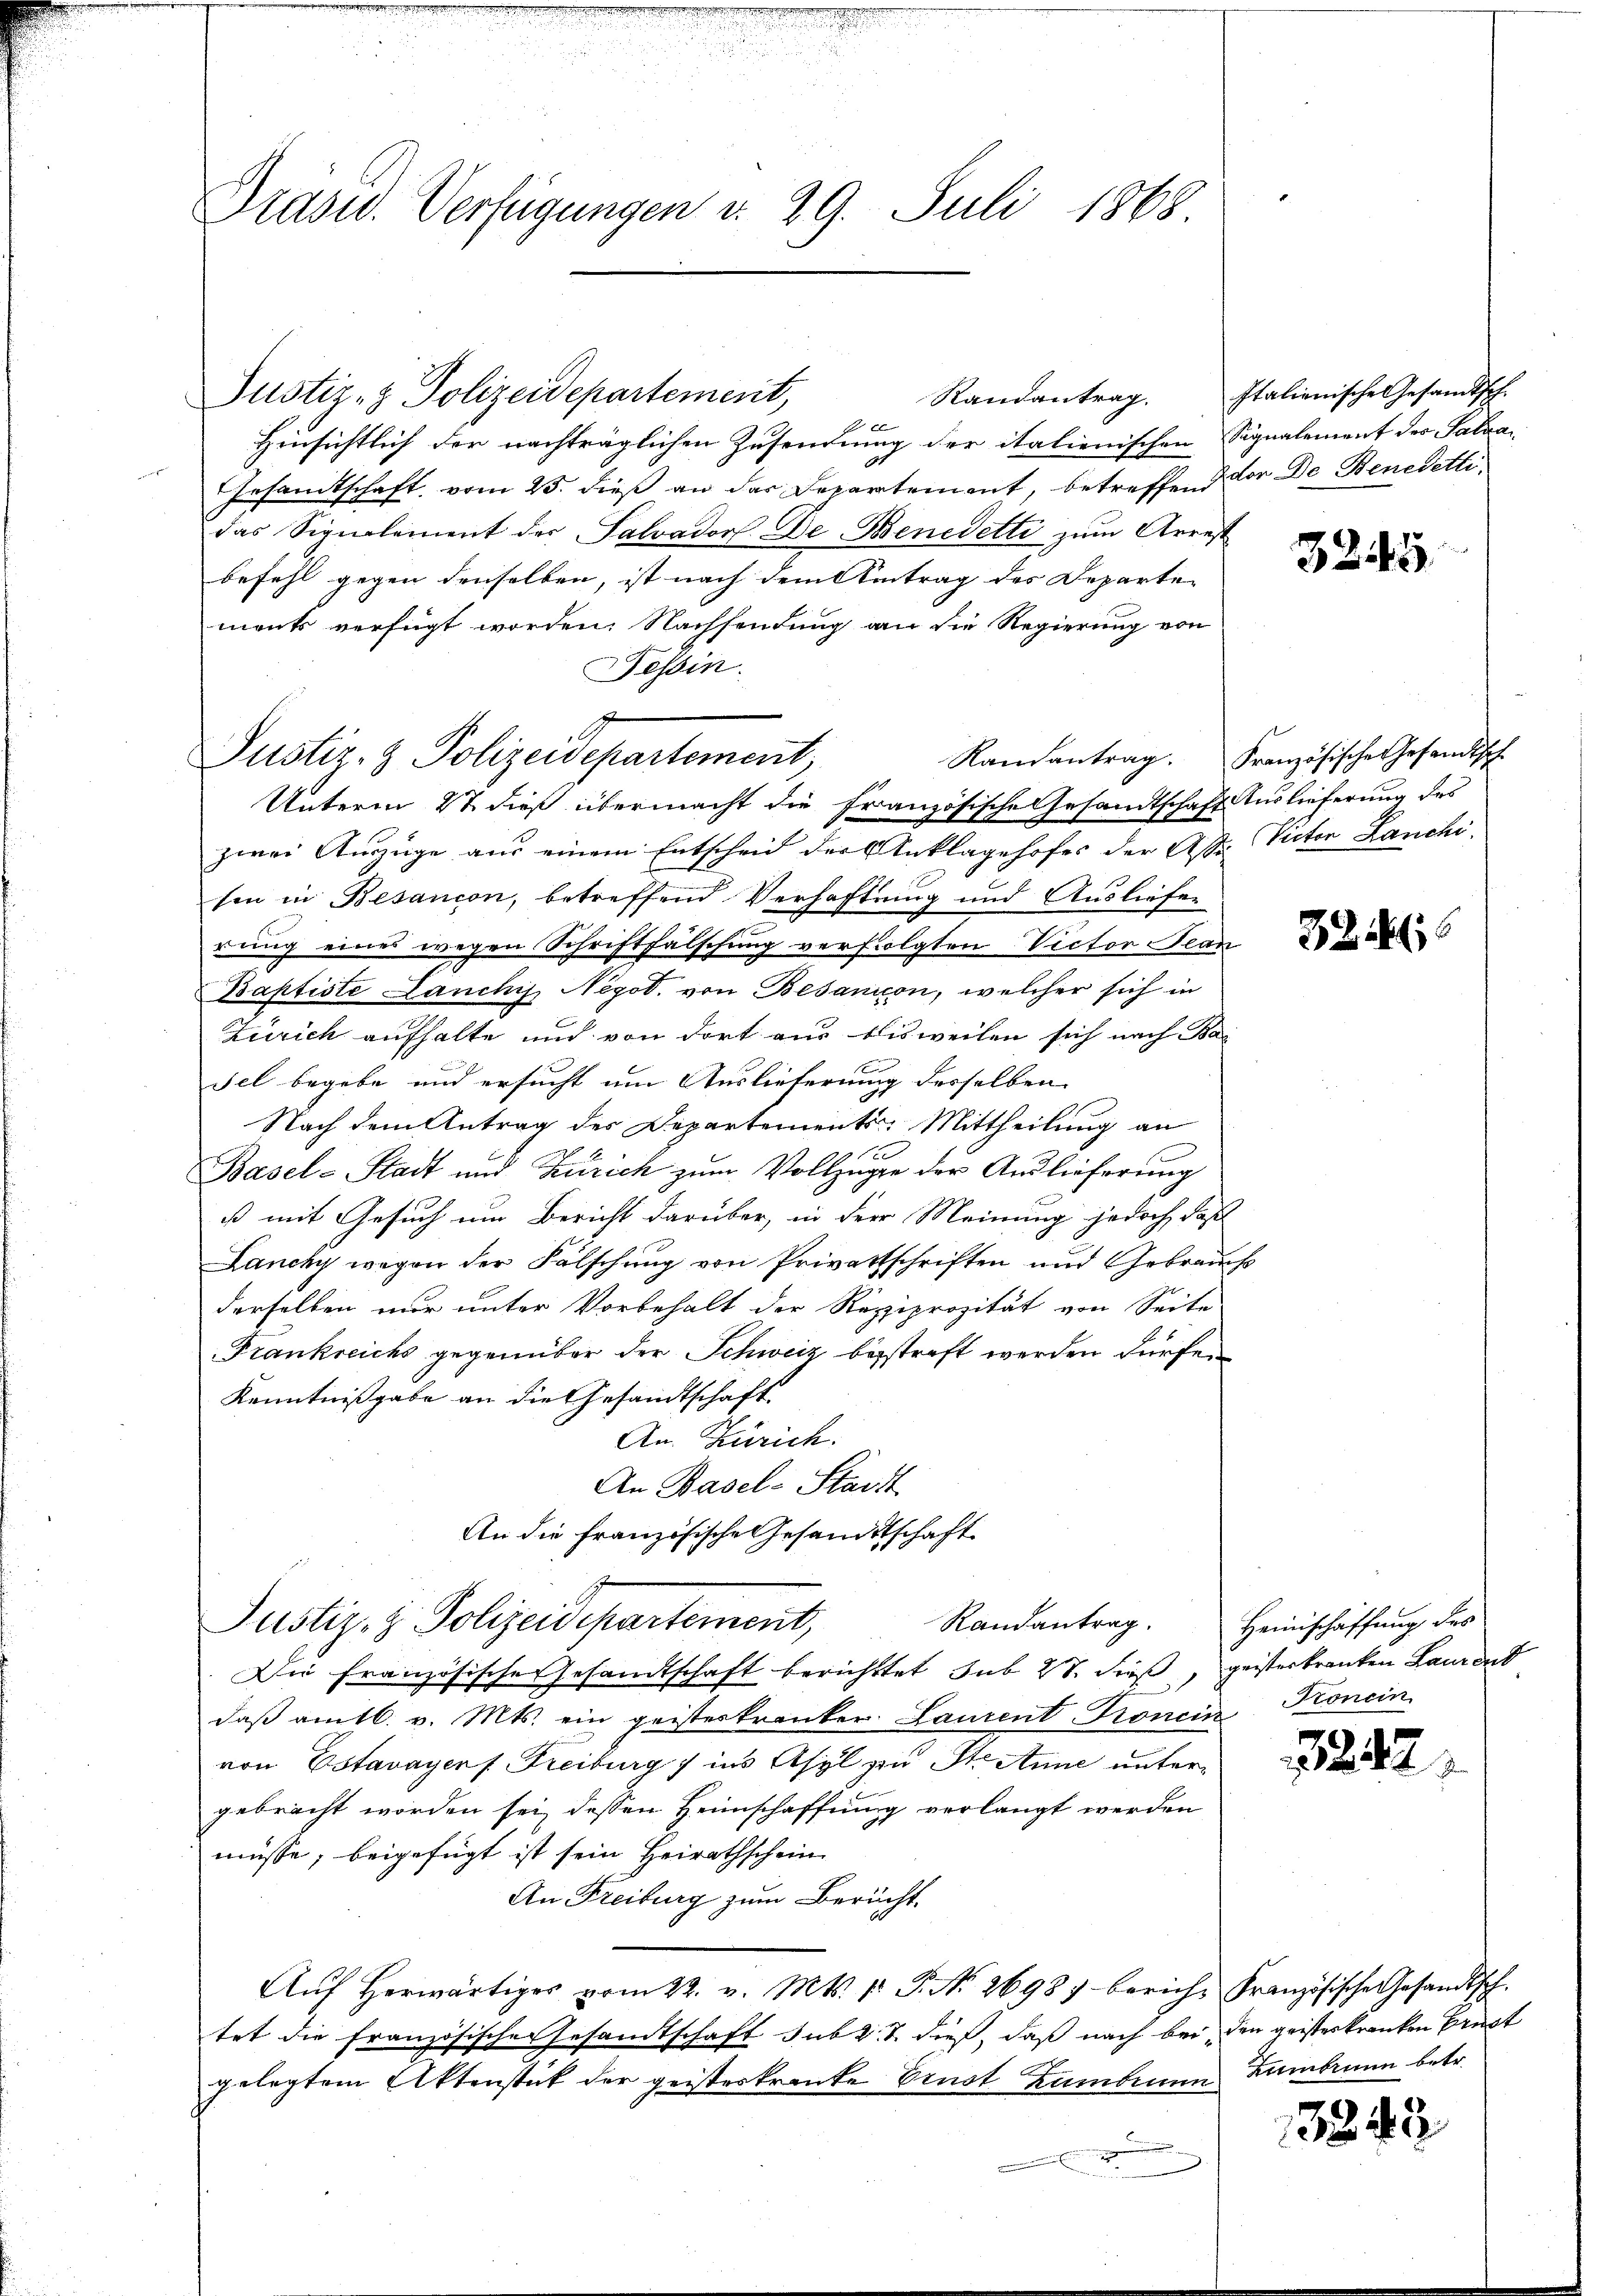
Präsid. Verfügungen v. 29. Juli 1868

Justiz- & Polizeidepartement,

Justiz- & Polizeidepartement,

Randantrag.
0
Hinsichtlich der nachträglichen Zusendung der italienischen Signalement des Salza
Gesamtschaft vom 25. dieß an das Departement, betreffend vor De Benedetti
das Signalement der Salvadorf De Benedetti zum Arrest
befehl gegen denselben, ist nach dem Antrag des Departen
ments verfügt worden. Nachsendung an die Regierung von
Tessin.
Unterm 2t dieß übermacht die Französische Gesandtschaft Auslieferung des
zwei Auszüge aus einem Entscheid der Anklagehofes der As. Victor Lanchi,
sin in Besancon, betreffend Verhaftung und Ausliefen
rung eines wegen Schriftfälschung verfolgten Victor Jean
Baptiste Lanchis Negot. von Besanion, welcher sich in
Zürich aufhalte und von dort aus bisweilen sich nach Bas
sel begebe und ersucht um Auslieferung desselben
Nach dem Antrag des Departements: Mittheilung an
100
Basel-Stadt und Zürich zum Vollzüge der Auslieferung
ß mit Gesuch um Bericht darüber, in der Meinung jedoch, daß
Lancky wegen der Fälschung von Privatschriften und Gebrau
derselben nur unter Vorbehalt der Reppiprozität von Seite
Frankreichs gegenüber der Schweiz besstraft werden dürfen
Kenntnißgabe an die Gesandtschaft
An. Zürich.
An Basel-Starzt
An die französische Gesandtschaft
Randantrag.
Justiz- & Polizeidepartement,
Die französische Gesandtschaft berichttet sub 28. dieß, geisterkranken Laurent
daß am 16. v. Mts. ein geisteskranker Laurent Froncin Kronein
von Estavayers Freiburg ins Asyl zu Ste Anne untergebracht worden sei, dessen Heimschaffung verlangt werden
müsse, beigefügt ist sein Heirathschein
An Freiburg zum Bericht.
Aŭf herwärtiges vom 22. v. Mts. 1. P. Nr. 2698) beriche Französische Gesandtsch.
tet die Französische Gesandtschaft sub 27. dieß, daß nach bei den geisteskranken Brust
gelegtem Aktenstück der geisteskranke Ernst kumbenum
.

Italienische Gesandtsch.

3245.

Ramantrag. Französische Gesandtsch

82. 1

Heimschaffung des

1242;

Lambrunn betr.

13243